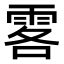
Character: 𩂣